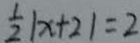
\frac { 1 } { 2 } \vert x + 2 \vert = 2